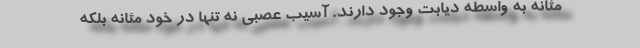
مثانه به واسطه دیابت وجود دارند. آسیب عصبی نه تنها در خود مثانه بلکه